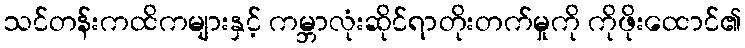
သင်တန်းကထိကများနှင့် ကမ္ဘာလုံးဆိုင်ရာတိုးတက်မှုကို ကိုဖိုးထောင်၏